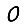
Digit: 0